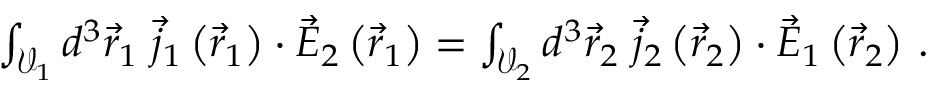
\begin{array} { r } { \int _ { \mathcal { V } _ { 1 } } d ^ { 3 } \vec { r } _ { 1 } \; \vec { j } _ { 1 } \left( \vec { r } _ { 1 } \right) \cdot \vec { E } _ { 2 } \left( \vec { r } _ { 1 } \right) = \int _ { \mathcal { V } _ { 2 } } d ^ { 3 } \vec { r } _ { 2 } \; \vec { j } _ { 2 } \left( \vec { r } _ { 2 } \right) \cdot \vec { E } _ { 1 } \left( \vec { r } _ { 2 } \right) \, . } \end{array}